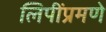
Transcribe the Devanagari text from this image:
लिपींप्रमणे